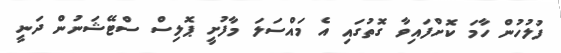
ފުލުހުން ހާމަ ކޮށްފައިވާ ގޮތުގައި އެ މައްސަލަ މާފުށީ ޕޮލިސް ސްޓޭޝަނުން ދަނީ